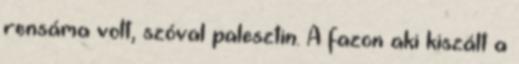
rensáma volt, szóval palesztin. A fazon aki kiszált a